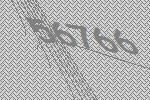
56766